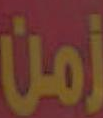
زمن